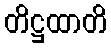
တိဋ္ဌထာတိ